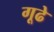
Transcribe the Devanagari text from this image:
गूढे